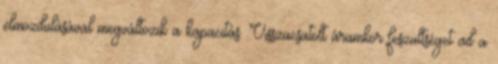
elmozdulásával megváltozik a kapacitás. Visszacsatolt áramkör feszültséget ad a